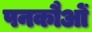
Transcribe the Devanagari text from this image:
पनकौओं